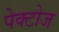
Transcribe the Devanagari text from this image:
पेक्टोज